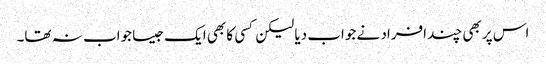
اس پر بھی چند افراد نے جواب دیا لیکن کسی کا بھی ایک جیسا جواب نہ تھا۔